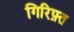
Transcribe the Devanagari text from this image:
गिरिफ़्त